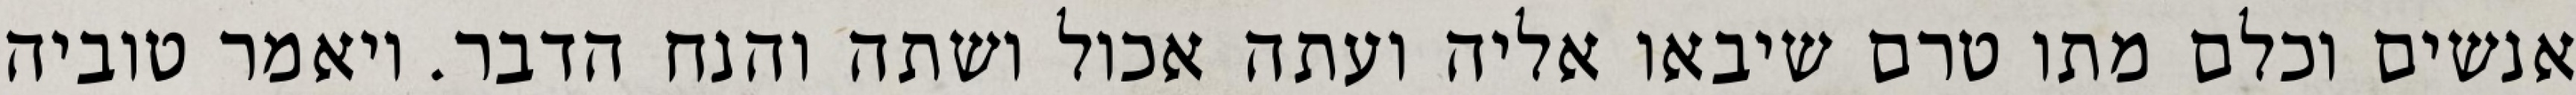
אנשים וכלם מתו טרם שיבאו אליה ועתה אכול ושתה והנח הדבר. ויאמר טוביה